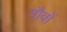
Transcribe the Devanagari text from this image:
गौवों